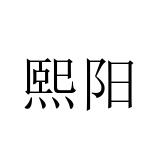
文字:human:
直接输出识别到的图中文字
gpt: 熙阳